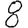
Digit: 8